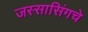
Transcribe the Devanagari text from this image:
जस्सासिंगचे